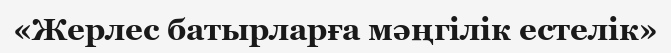
«Жерлес батырларға мәңгілік естелік»